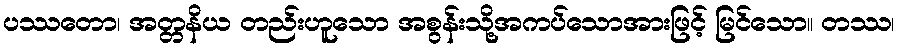
ပဿတော၊ အတ္တနိယ တည်းဟူသော အစွန်းသို့အကပ်သောအားဖြင့် မြင်သော။ တဿ၊